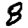
Digit: 8